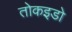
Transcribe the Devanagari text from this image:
तोकइडो